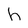
Character: h